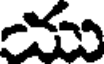
ము